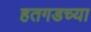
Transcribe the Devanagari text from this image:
हतगडच्या